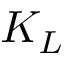
K _ { L }